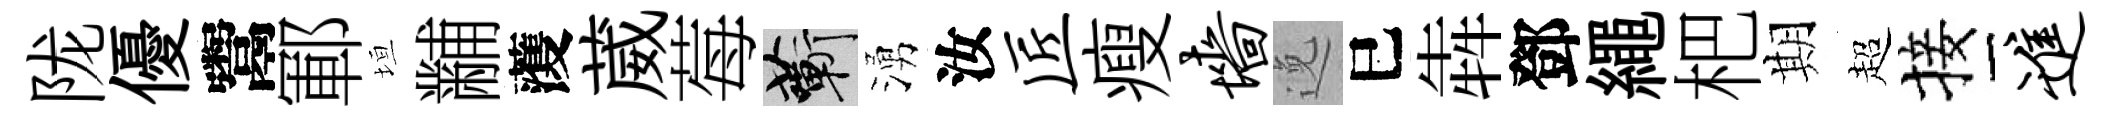
陇優鬻鄆垣黼𮑮葳莓蔪湧汝匠瘦墙𨓜巳犇鄧繩杷期超接进